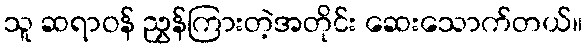
သူ ဆရာဝန် ညွှန်ကြားတဲ့အတိုင်း ဆေးသောက်တယ်။